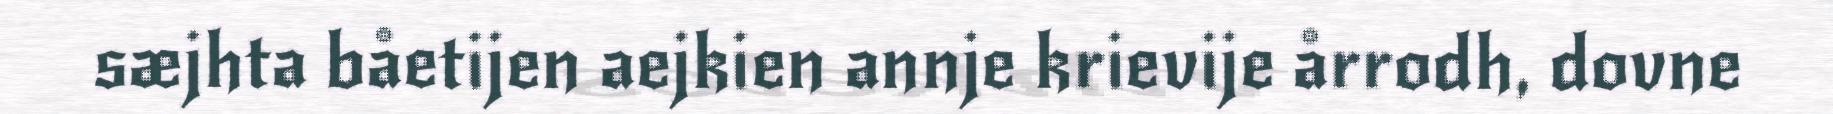
sæjhta båetijen aejkien annje krievije årrodh, dovne